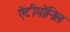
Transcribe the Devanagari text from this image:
ऐंटीमोनिल